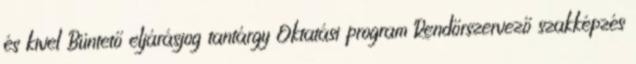
és kivel Büntető eljárásjog tantárgy Oktatási program Rendőrszervező szakképzés